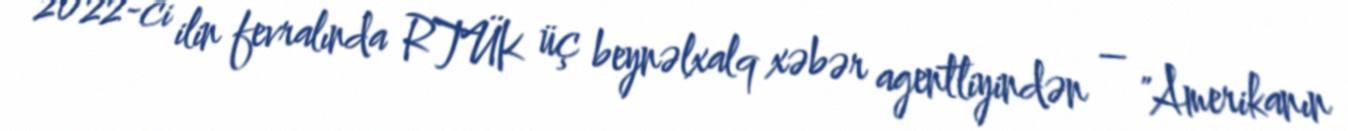
2022-ci ilin fevralında RTÜK üç beynəlxalq xəbər agentliyindən – "Amerikanın